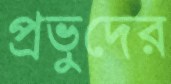
প্রভুদের